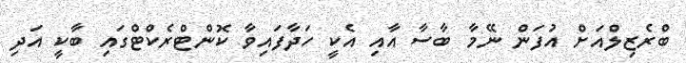
ބްރެޒިލްއަށް އުފަން ނޭމާ ބާސާ އާއި އެކީ ހަދާފައިވާ ކޮންޓްރެކްޓްގައި ބާކީ އަދި